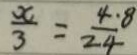
\frac { x } { 3 } = \frac { 4 . 8 } { 2 4 }